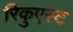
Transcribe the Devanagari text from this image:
रिकुएस्ट